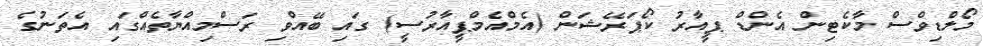
މޯލްޑިވްސް މާކެޓިން އެންޑް ޕީއާރު ކޯޕަރޭޝަން (އެމްއެމްޕީއާރުސީ) ގައި ބޭއްވި ރަސްމިއްޔާތެއްގައި އެތަނުގެ